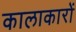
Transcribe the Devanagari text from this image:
कालाकारों